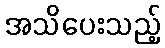
အသိပေးသည့်